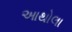
આથોલા